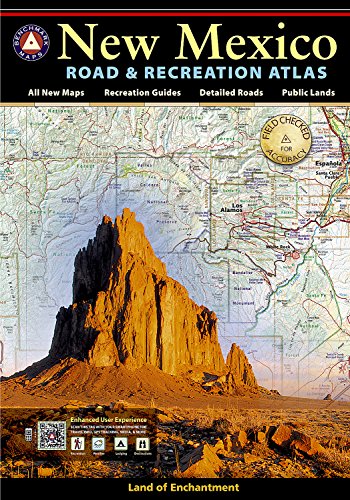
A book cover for New Mexico Road & Recreation Atlas (Atlases); Benchmark Maps; Reference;